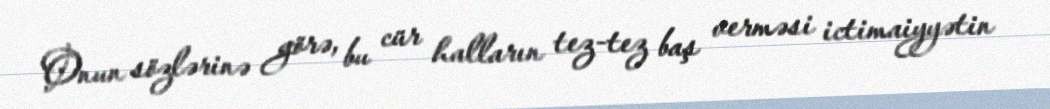
Onun sözlərinə görə, bu cür halların tez-tez baş verməsi ictimaiyyətin